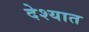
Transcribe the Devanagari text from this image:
देश्यात